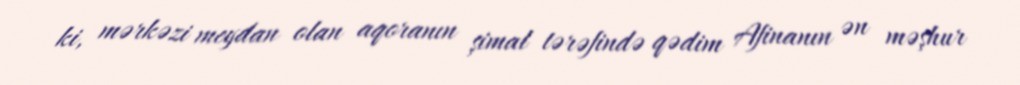
ki, mərkəzi meydan olan aqoranın şimal tərəfində qədim Afinanın ən məşhur